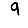
Digit: 9